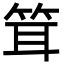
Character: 䇯